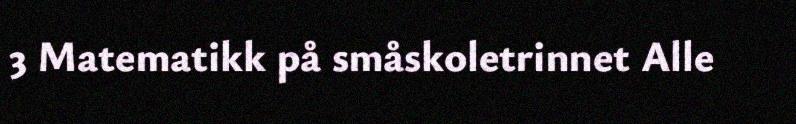
3 Matematikk på småskoletrinnet Alle